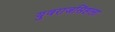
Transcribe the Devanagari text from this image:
युवराजसिंहला